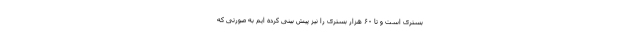
بستری است و تا ۶۰ هزار بستری را نیز پیش بینی کرده ایم به صورتی که